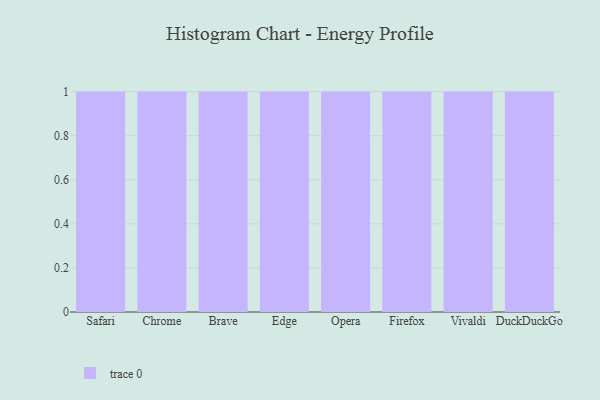
{"axis": {"x": "Browser", "y": "Gross Profit (USD K)"}, "legend": [""], "data": [{"x": "Safari", "y": 35, "type": ""}, {"x": "Chrome", "y": 73, "type": ""}, {"x": "Brave", "y": 43, "type": ""}, {"x": "Edge", "y": 28, "type": ""}, {"x": "Opera", "y": 16, "type": ""}, {"x": "Firefox", "y": 33, "type": ""}, {"x": "Vivaldi", "y": 28, "type": ""}, {"x": "DuckDuckGo", "y": 48, "type": ""}]}